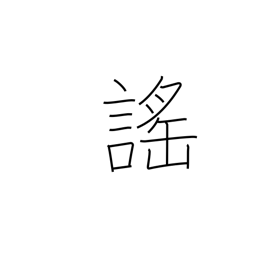
Meaning: chant (esp. Noh)